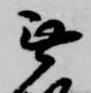
無